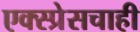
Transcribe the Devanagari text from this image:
एक्स्प्रेसचाही